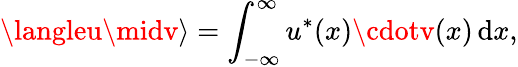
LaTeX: \langleu\midv\rangle=\int_{-\infty}^{\infty}u^{*}(x)\cdotv(x)\, \mathrm{d}x,